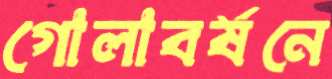
গোলাবর্ষনে